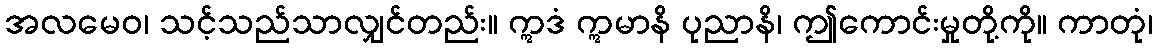
အလမေဝ၊ သင့်သည်သာလျှင်တည်း။ ဣဒံ ဣမာနိ ပုညာနိ၊ ဤကောင်းမှုတို့ကို။ ကာတုံ၊